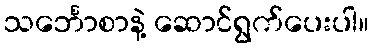
သင်္ဘောစာနဲ့ ဆောင်ရွက်ပေးပါ။